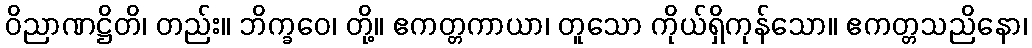
ဝိညာဏဋ္ဌိတိ၊ တည်း။ ဘိက္ခဝေ၊ တို့။ ဧကတ္တကာယာ၊ တူသော ကိုယ်ရှိကုန်သော။ ဧကတ္တသညိနော၊